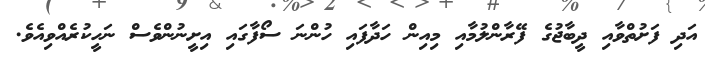
އަދި ފަށުތްވާއި ދީބާޖުގެ ފޭރާންލުމާއި މިއިން ހަދާފައި ހުންނަ ސޯފާގައި އިށީނުންވެސް ނަހީކުރެއްވިއެވެ.